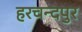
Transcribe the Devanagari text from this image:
हरचन्‍दपुर